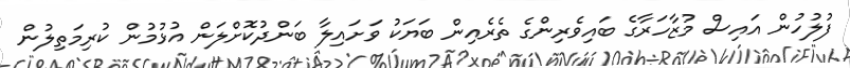
ފުލުހުން އައިސް މުޒާހަރާގެ ބައިވެރިންގެ ތެރެއިން ބަޔަކު ވަށައިލާ ބަންދުކޮށްލަން އުޅުމުން ކުރިމަތިލުން